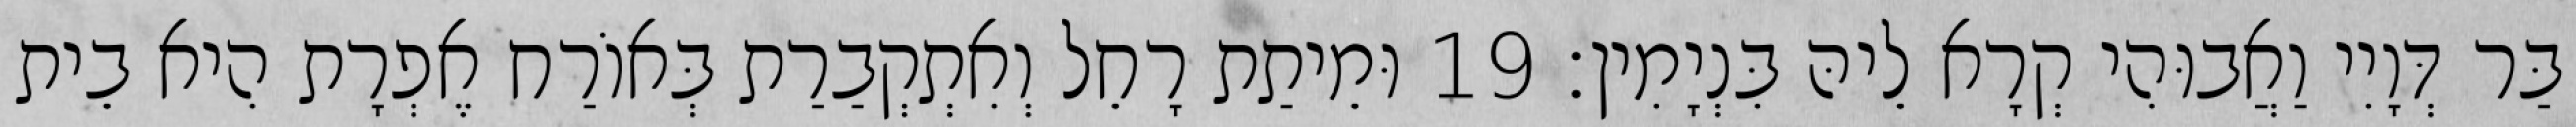
בַּר דְּוָיִי וַאֲבוּהִי קְרָא לֵיהּ בִּנְיָמִין׃ 19 וּמֵיתַת רָחֵל וְאִתְקְבַרַת בְּאוֹרַח אֶפְרָת הִיא בֵית